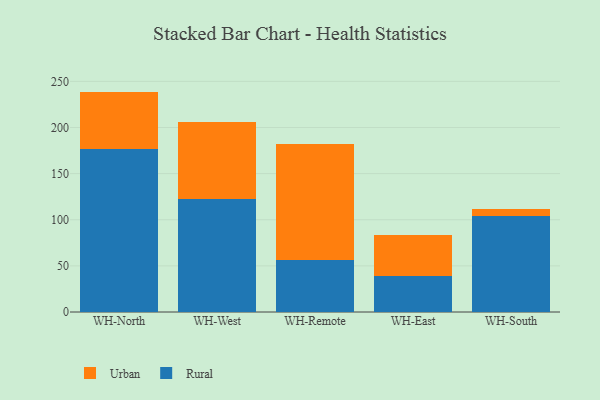
{"axis": {"x": "Warehouse", "y": "Satisfaction Score"}, "legend": ["Rural", "Urban"], "data": [{"x": "WH-North", "y": 176.6, "type": "Rural"}, {"x": "WH-North", "y": 62.3, "type": "Urban"}, {"x": "WH-West", "y": 122.1, "type": "Rural"}, {"x": "WH-West", "y": 83.5, "type": "Urban"}, {"x": "WH-Remote", "y": 56.8, "type": "Rural"}, {"x": "WH-Remote", "y": 124.8, "type": "Urban"}, {"x": "WH-East", "y": 39.3, "type": "Rural"}, {"x": "WH-East", "y": 43.9, "type": "Urban"}, {"x": "WH-South", "y": 104.6, "type": "Rural"}, {"x": "WH-South", "y": 7.3, "type": "Urban"}]}